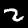
Label: 2